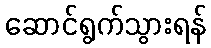
ဆောင်ရွက်သွားရန်